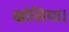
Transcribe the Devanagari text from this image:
खोसिया।